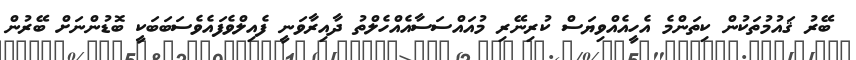
ބޭރު ޤައުމުތަކުން ކިތަންމެ އެހީއެއްވިޔަސް ކުރިނޭރި މުއައްސަސާއެއްހެލްތު ދާއިރާވަނީ ފެއިލްވެފައެވެސަބަބަކީ ބޮޑުންނަށް ބޭރުން